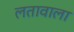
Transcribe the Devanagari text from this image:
लतावाला